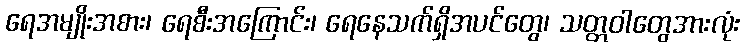
ရေအမျိုးအစား၊ ရေစီးအကြောင်း၊ ရေနေသက်ရှိအပင်တွေ၊ သတ္တဝါတွေအားလုံး